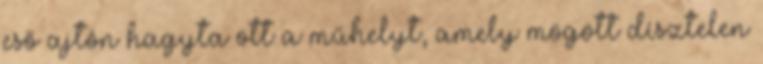
eső ajtón hagyta ott a műhelyt, amely mögött dísztelen